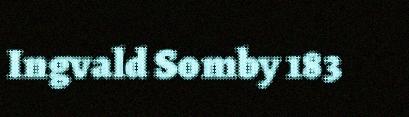
Ingvald Somby 183